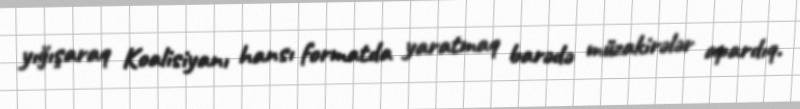
yığışaraq Koalisiyanı hansı formatda yaratmaq barədə müzakirələr apardıq.